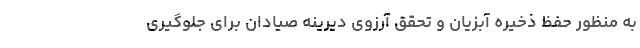
به منظور حفظ ذخیره آبزیان و تحقق آرزوی دیرینه صیادان برای جلوگیری